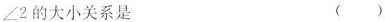
∠2的大小关系是 ()